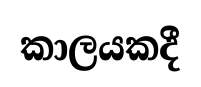
කාලයකදී